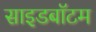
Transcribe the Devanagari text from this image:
साइडबॉटम